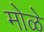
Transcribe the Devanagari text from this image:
मोळे